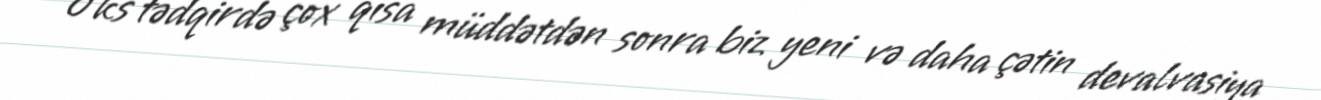
Əks tədqirdə çox qısa müddətdən sonra biz yeni və daha çətin devalvasiya